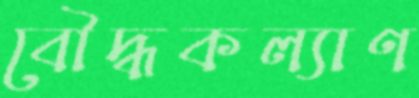
বৌদ্ধকল্যাণ